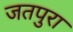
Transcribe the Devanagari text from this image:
जतपुरा